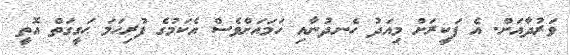
ވަރުދާއަށް. އެ ފަކީރަށް މިއަދު ހެނދުނާއި ހަމައަށްވެސް އެކަމުގެ ފުރިހަމަ ޙަގީގަތް އޮތީ